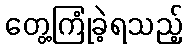
တွေ့ကြုံခဲ့ရသည့်